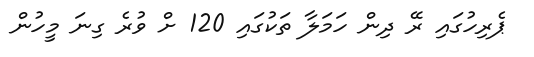
ޕެރިހުގައި ރޭ ދިން ހަމަލާ ތަކުގައި 120 ށް ވުރެ ގިނަ މީހުން